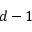
d - 1